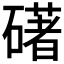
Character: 𥖛